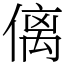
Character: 𠌯